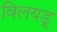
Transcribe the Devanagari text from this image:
विलयडू